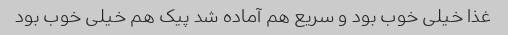
غذا خیلی خوب بود و سریع هم آماده شد پیک هم خیلی خوب بود